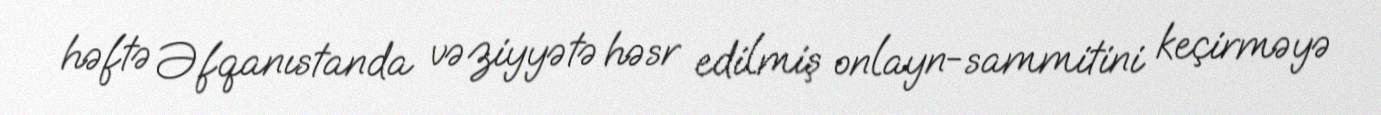
həftə Əfqanıstanda vəziyyətə həsr edilmiş onlayn-sammitini keçirməyə